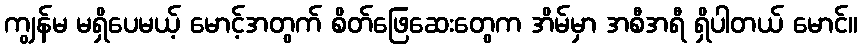
ကျွန်မ မရှိပေမယ့် မောင့်အတွက် စိတ်ဖြေဆေးတွေက အိမ်မှာ အစီအရီ ရှိပါတယ် မောင်။